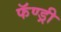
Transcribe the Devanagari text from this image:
फॅण्ड्री